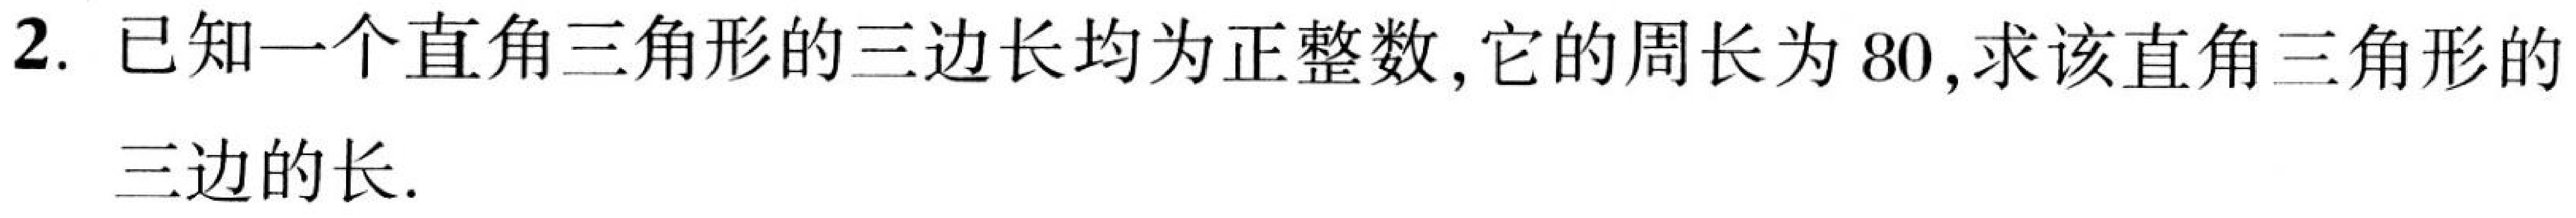
2. 已知一个直角三角形的三边长均为正整数,它的周长为\(80\),求该直角三角形的
三边的长.